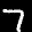
Label: 7